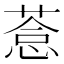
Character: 𦷋